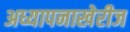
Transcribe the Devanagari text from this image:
अध्यापनाखेरीज